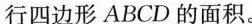
行四边形ABCD的面积。